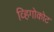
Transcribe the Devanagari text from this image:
व्हिगोकोट